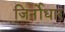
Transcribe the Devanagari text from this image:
जिर्नोधार